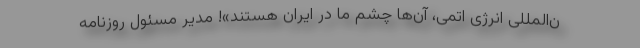
ن‌المللی انرژی اتمی، آن‌ها چشم ما در ایران هستند»! مدیر مسئول روزنامه